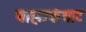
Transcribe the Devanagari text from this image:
बाह्यकंत्राट